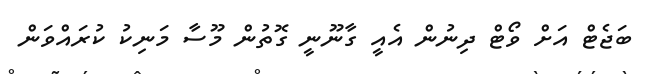
ބަޖެޓް އަށް ވޯޓް ދިނުން އެއީ ގާނޫނީ ގޮތުން މޫސާ މަނިކު ކުރައްވަން